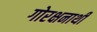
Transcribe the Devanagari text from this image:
गोरक्षनाथी